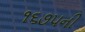
૧૬૭૫ની